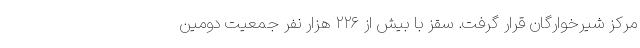
مرکز شیرخوارگان قرار گرفت. سقز با بیش از ۲۲۶ هزار نفر جمعیت دومین